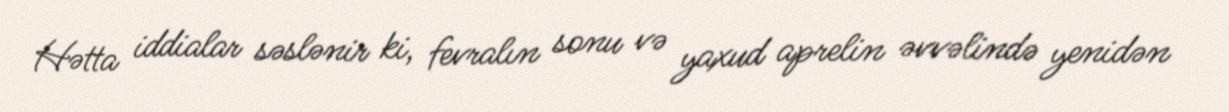
Hətta iddialar səslənir ki, fevralın sonu və yaxud aprelin əvvəlində yenidən